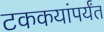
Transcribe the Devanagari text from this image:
टककयांपर्यंत